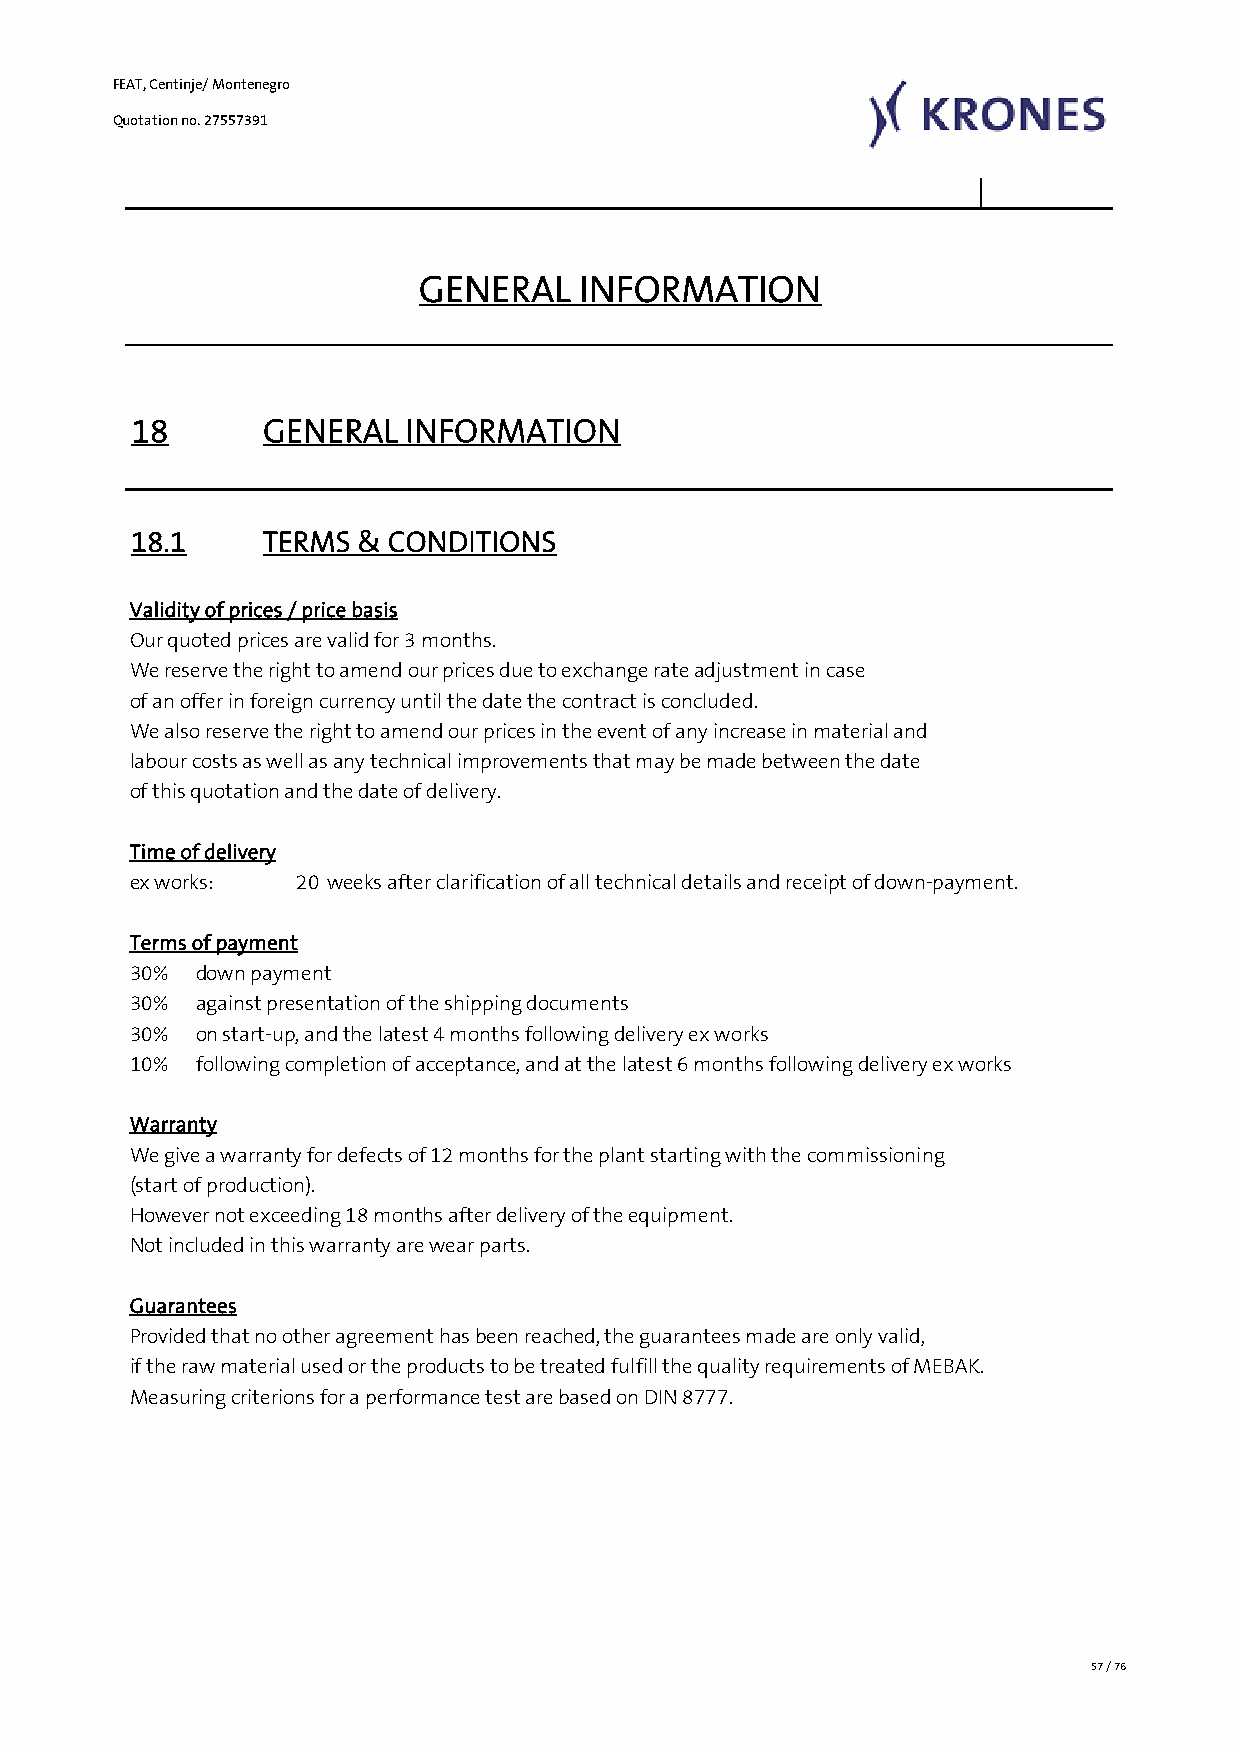
FEAT, Centinje/ Montenegro
 Quotation no. 27557391
 GENERAL    INFORMATION
 18       GENERAL  INFORMATION
 18.1     TERMS & CONDITIONS
 Validity of prices / price basis
 Our quoted prices are valid for 3 months.
 We reserve the right to amend our prices due to exchange rate adjustment in case
 of an offer in foreign currency until the date the contract is concluded.
 We also reserve the right to amend our prices in the event of any increase in material and
 labour costs as well as any technical improvements that may be made between the date
 of this quotation and the date of delivery.
 Time of delivery
 ex works:  20 weeks after clarification of all technical details and receipt of down-payment.
 Terms of payment
 30%  down payment
 30%  against presentation of the shipping documents
 30%  on start-up, and the latest 4 months following delivery ex works
 10%  following completion of acceptance, and at the latest 6 months following delivery ex works
 Warranty
 We give a warranty for defects of 12 months for the plant starting with the commissioning
 (start of production).
 However not exceeding 18 months after delivery of the equipment.
 Not included in this warranty are wear parts.
 Guarantees
 Provided that no other agreement has been reached, the guarantees made are only valid,
 if the raw material used or the products to be treated fulfill the quality requirements of MEBAK.
 Measuring criterions for a performance test are based on DIN 8777.
 57 / 76